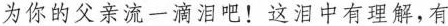
为你的父亲流一滴泪吧！这泪中有理解，有